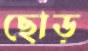
ছোড়